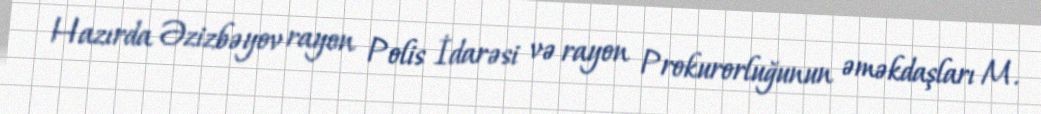
Hazırda Əzizbəyov rayon Polis İdarəsi və rayon Prokurorluğunun əməkdaşları M.